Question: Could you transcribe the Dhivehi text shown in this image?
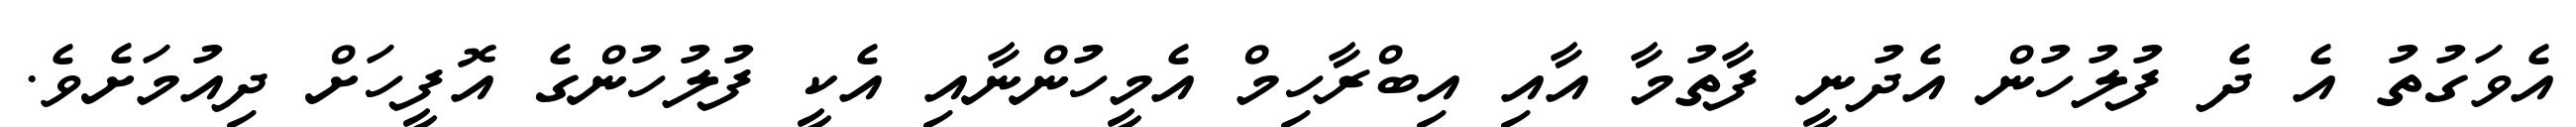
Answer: އެވަގުތު އެ ދެ ފުލުހުން އެދުނީ ފާތުމާ އާއި އިބްރާހިމް އެމީހުންނާއި އެކީ ފުލުހުންގެ އޮފީހަށް ދިއުމަށެވެ.